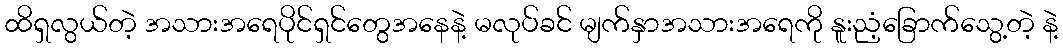
ထိရှလွယ်တဲ့ အသားအရေပိုင်ရှင်တွေအနေနဲ့ မလုပ်ခင် မျက်နှာအသားအရေကို နူးညံ့ခြောက်သွေ့တဲ့ နဲ့